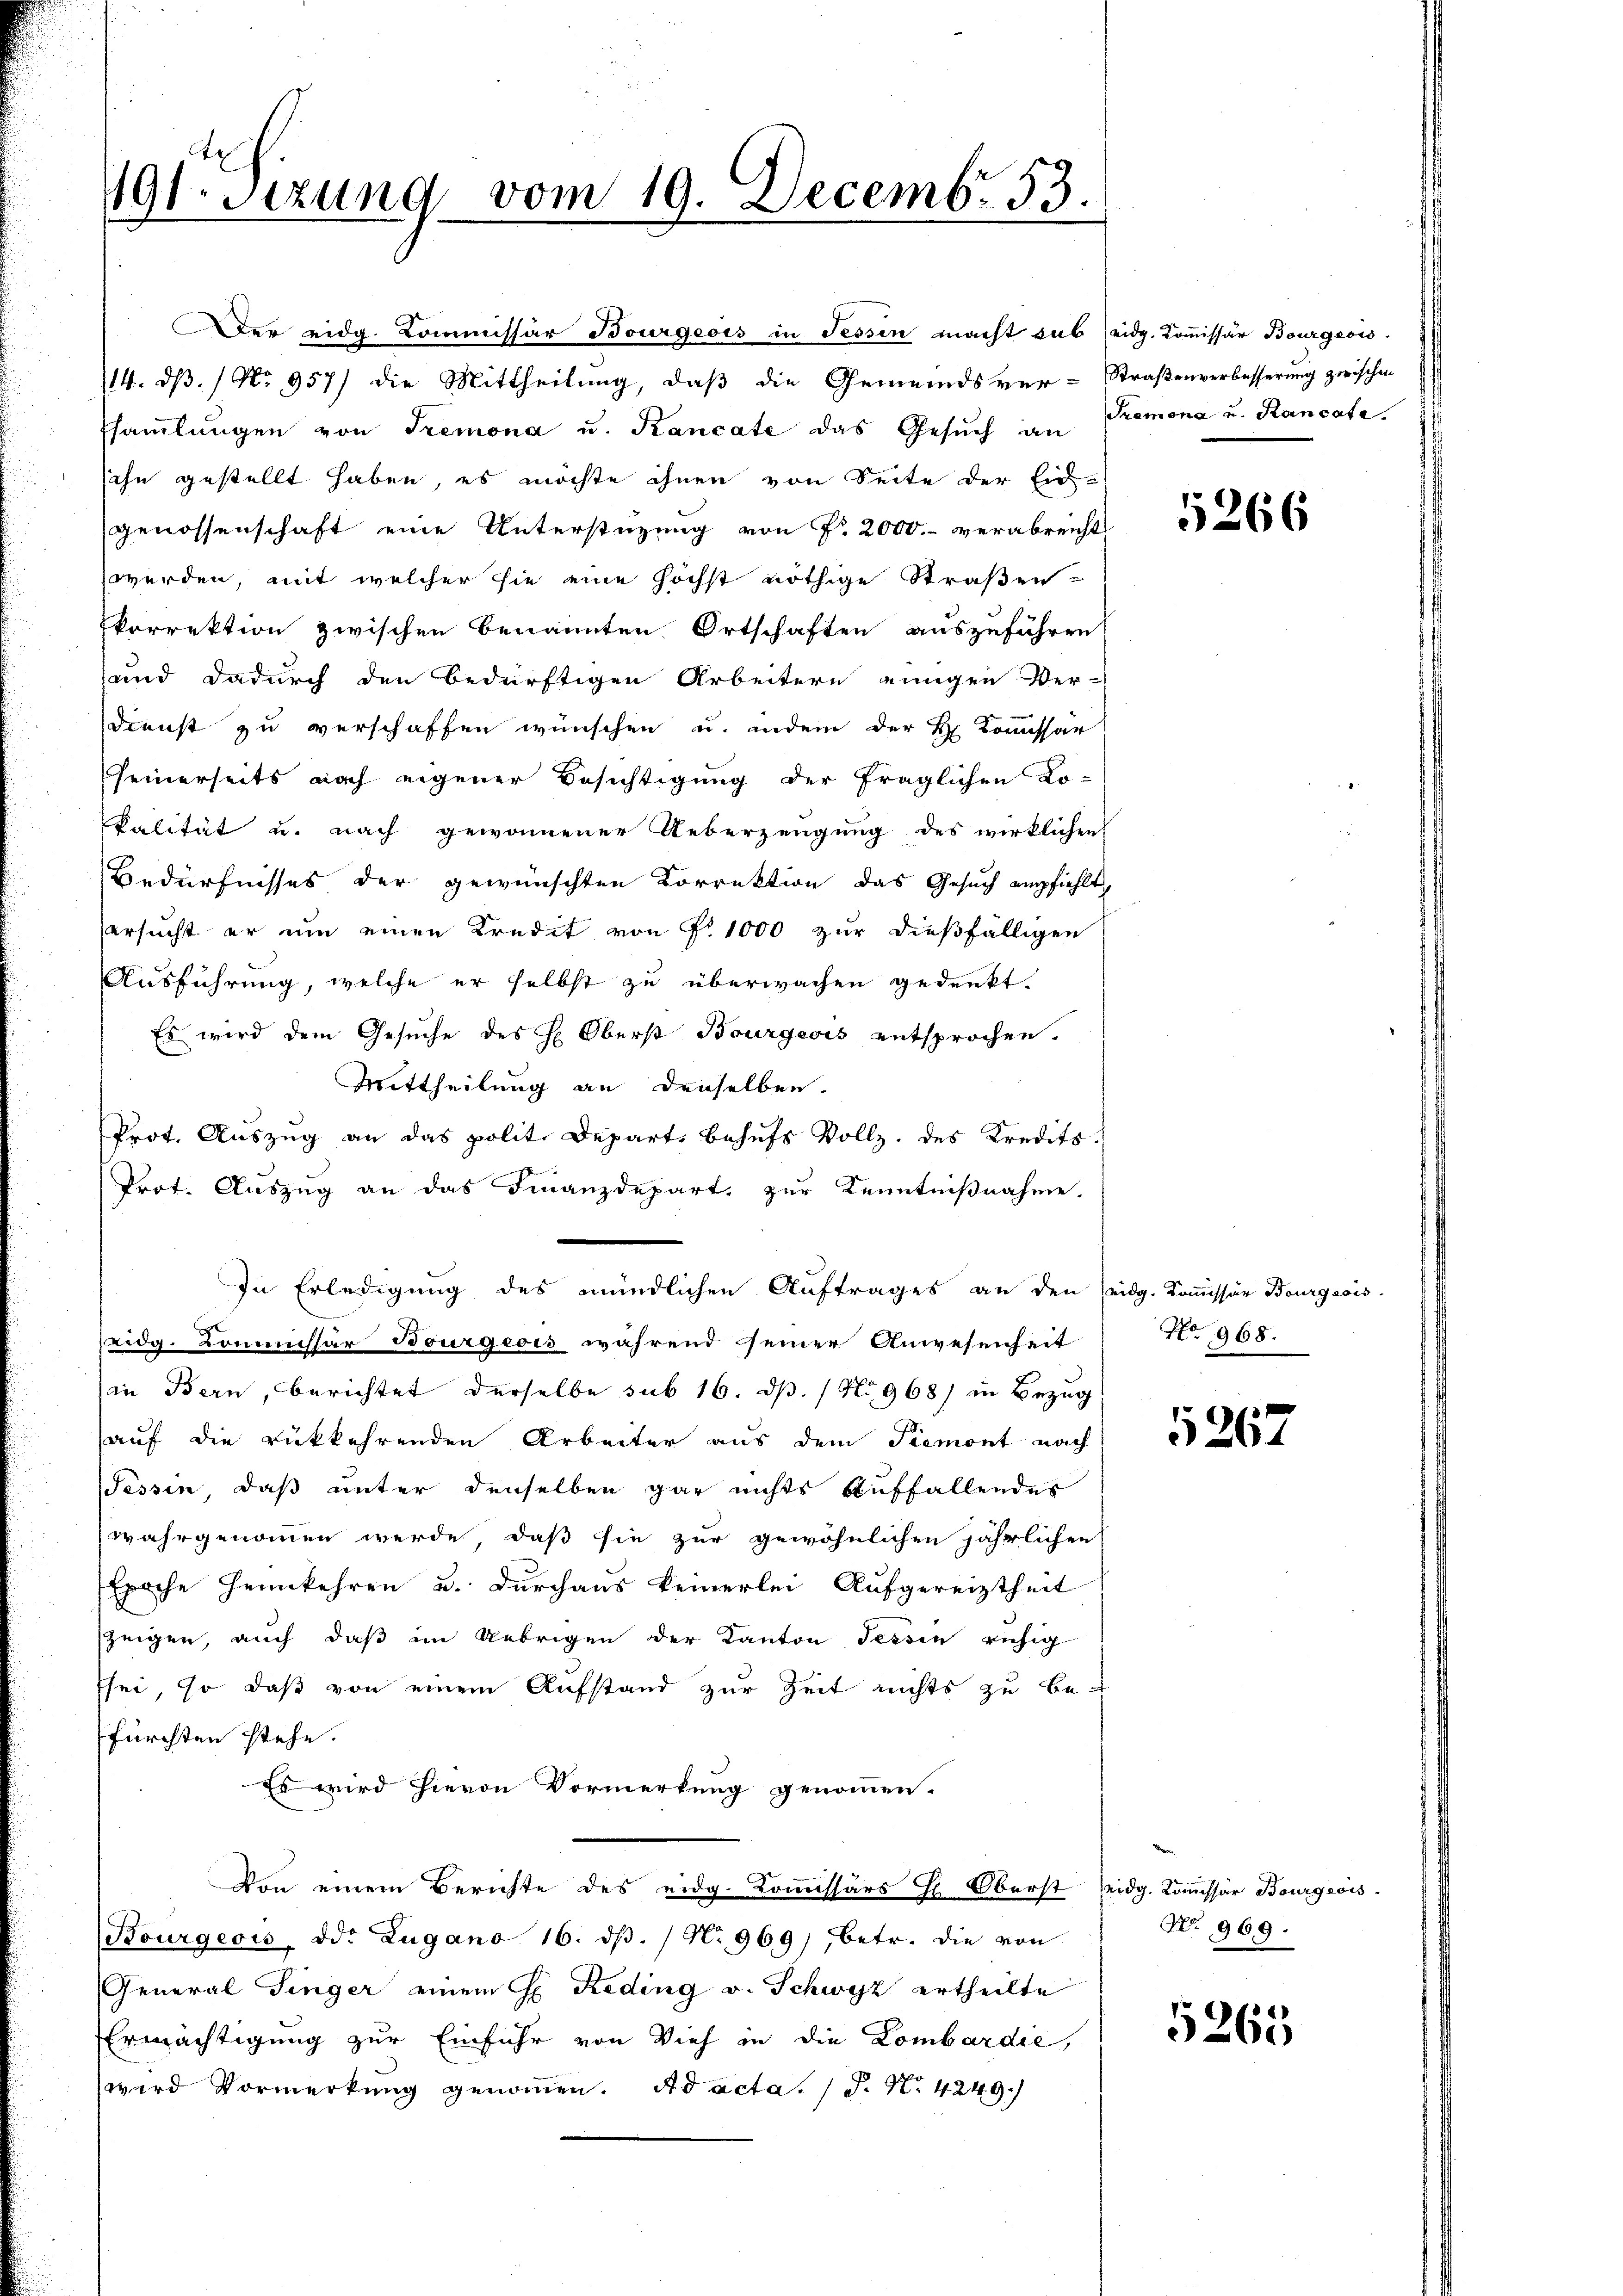
491 sizung vom 19. Decemb. 53.

Der eidg. Commissär Bourgeois in Tessin macht sub eidg. Kommissär Bourgeois.
14. dß. / No 957) die Mittheilung, daß die Gemeindsver-Straßenverbesserung zwischen
sammlungen von Tremona u. Kancate das Gesŭch in Premona u. Rancate
sihn gestellt haben, es möchte ihnen von Seite der Ein-
genossenschaft eine Unterstüzung von Fr. 2000.- verabreicht
werden, mit welcher sie eine höchst nöthige Straßen
korrektion zwischen benannten Ortschaften auszuführen,
und dadurch den bedürftigen Arbeitern einigen Ver-
Dienst zu verschaffen wünschen u. indem der H. Commissar
seinerseits nach eigener Besichtigung der fraglichen Lo-
kalität u. nach gewonnener Ueberzeugung des wirklichen
Bedürfnisses der gewünschten Correktion das Gesuch empfiehlt,
ersucht er um einen Kredit von Fr. 1000 zur dießfälligen
Ausführung, welche er selbst zu überwachen gedenkt.
Es wird dem Gesuche des H. Oberst Bourgeois entsprochen.
Mittheilung an denselben.
Prot. Auszug an das polit. Depart behufs Vollz. des Kredits
Prot. Auszug an das Finanzdepart, zur Kenntnißnahme.
In Erledigung des mündlichen Auftrages an den eidg. Kommissär Bourgeois-
Lidg. Kommissar Bourgeois während seiner Anwesenheit
in Bern, berichtet derselbe sub 16. d. 1 No 968) in Bezug
auf die rükkehrenden Arbeiter aus dem Piemont nach
Tessin, daß unter denselben gar nichts Auffallendes
wahrgenommen werde, daß sie zur gewöhnlichen jährlichen
Epoche Heimkehren u. Durchaus keinerlei Aufgereiztheit
zeigen, auch daß im Uebrigen der Kanton Tessin ruhig
sei, so daß von einem Aufstand zur Zeit nichts zu be-
fürchten stehe.
Es wird hievon Vormerkung genommen.
Von einem Berichte des eidg. Kommissärs H. Oberst Leidg. Kommissär Bourgeois-
Bourgeois, od. Zugano 16. dβ. / No 969), betr. die von
General Singer einem H. Reding v. Schwyz ertheilte
Ermächtigung zur Einfuhr von Vieh in die Lombardie,
wird Vormerkung genommen. Ad acta. P. Nr. 4249.

5266

No 968.

5267

No. 969.

5265